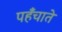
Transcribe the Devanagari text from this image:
पहँचाते